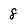
Character: 8